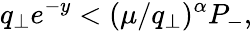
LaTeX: q_{\perp}e^{-y}<(\mu/q_{\perp})^{\alpha}P_{-},